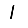
Digit: 1